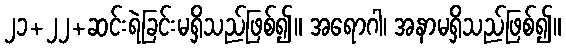
၂၁+၂၂+ဆင်းရဲခြင်းမရှိသည်ဖြစ်၍။ အရောဂါ၊ အနာမရှိသည်ဖြစ်၍။